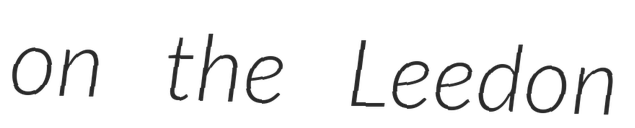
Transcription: on the Leedon